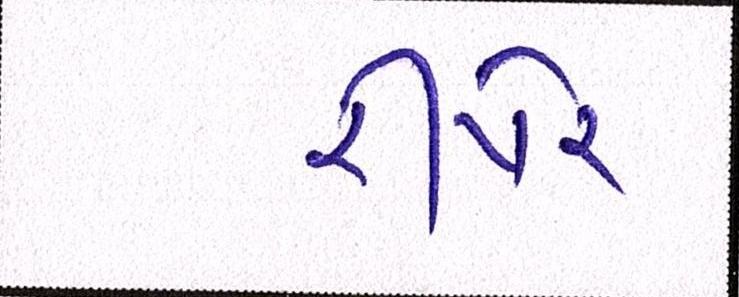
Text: રીપેર